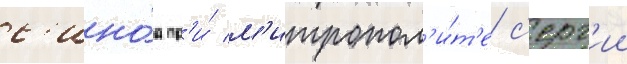
с'ино́д пр'и́ м'итропол'и́т'е с'ерг'ии